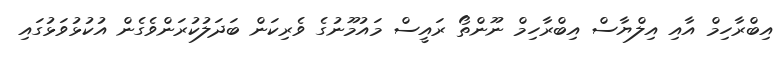
އިބްރާހިމް އާއި އިލްޔާސް އިބްރާހިމް ނޫންތޯ ރައީސް މައުމޫނުގެ ވެރިކަން ބަދަލުކުރަންވެގެން އުކުޅުވަޅުގައި